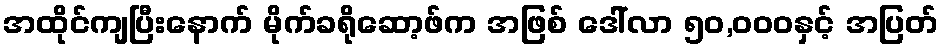
အထိုင်ကျပြီးနောက် မိုက်ခရိုဆော့ဖ်က အဖြစ် ဒေါ်လာ ၅၀,၀၀၀နှင့် အပြတ်